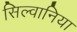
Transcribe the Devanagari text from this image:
सिल्वानिया